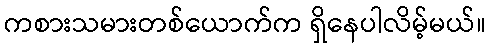
ကစားသမားတစ်ယောက်က ရှိနေပါလိမ့်မယ်။